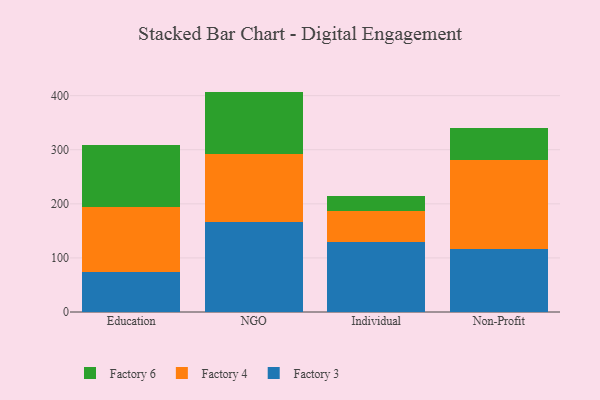
{"axis": {"x": "Segment", "y": "Shipments"}, "legend": ["Factory 3", "Factory 4", "Factory 6"], "data": [{"x": "Education", "y": 74.3, "type": "Factory 3"}, {"x": "Education", "y": 120.2, "type": "Factory 4"}, {"x": "Education", "y": 114.5, "type": "Factory 6"}, {"x": "NGO", "y": 166.7, "type": "Factory 3"}, {"x": "NGO", "y": 125.4, "type": "Factory 4"}, {"x": "NGO", "y": 115.4, "type": "Factory 6"}, {"x": "Individual", "y": 129.7, "type": "Factory 3"}, {"x": "Individual", "y": 56.8, "type": "Factory 4"}, {"x": "Individual", "y": 27.9, "type": "Factory 6"}, {"x": "Non-Profit", "y": 116.8, "type": "Factory 3"}, {"x": "Non-Profit", "y": 163.8, "type": "Factory 4"}, {"x": "Non-Profit", "y": 59.4, "type": "Factory 6"}]}